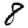
Digit: 8